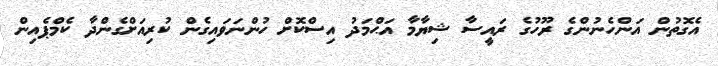
އެގޮތުން އަންހެނުންގެ ރޫހުގެ ރައީސާ ޝިޔާމާ އަޙްމަދު އިސްކޮށް ހުންނަވައިގެން ކުރިއަށްގެންދާ ކެމްޕެއިން